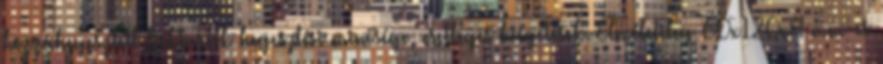
hozzáhegesztett fióktartók hegesztési minősége, esetleges kiégetések. Elméletileg 60x120x4 mm-es